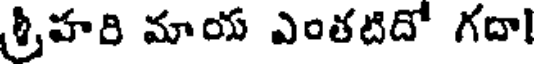
శ్రీహరి మాయ ఎంతటిదో గదా!